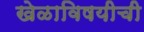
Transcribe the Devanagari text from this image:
खेळाविषयीची